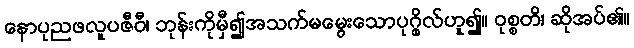
နောပုညဖလူပဇီဝီ၊ ဘုန်းကိုမှီ၍အသက်မမွေးသောပုဂ္ဂိုလ်ဟူ၍။ ဝုစ္စတိ၊ ဆိုအပ်၏။